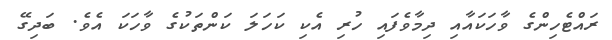
ރައްޓެހިންގެ ވާހަކައާއި ދިމާވެފައި ހުރި އެކި ކަހަލަ ކަންތަކުގެ ވާހަކަ އެވެ. ބަދިގޭ